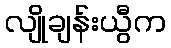
လျိုချန်းယွီက